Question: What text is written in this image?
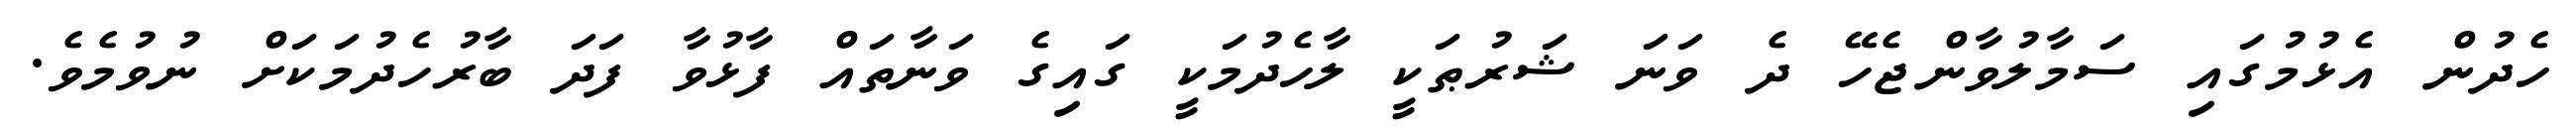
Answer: ހެދުން އެޅުމުގައި ސަމާލުވާންޖެހޭ ދެ ވަނަ ޝަރުޠަކީ ލާހެދުމަކީ ގައިގެ ވަނާތައް ފާޅުވާ ފަދަ ބާރުހެދުމަކަށް ނުވުމެވެ.